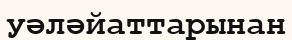
уәләйаттарынан